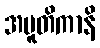
အပူတိကာနိ